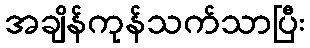
အချိန်ကုန်သက်သာပြီး